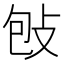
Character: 𢼌